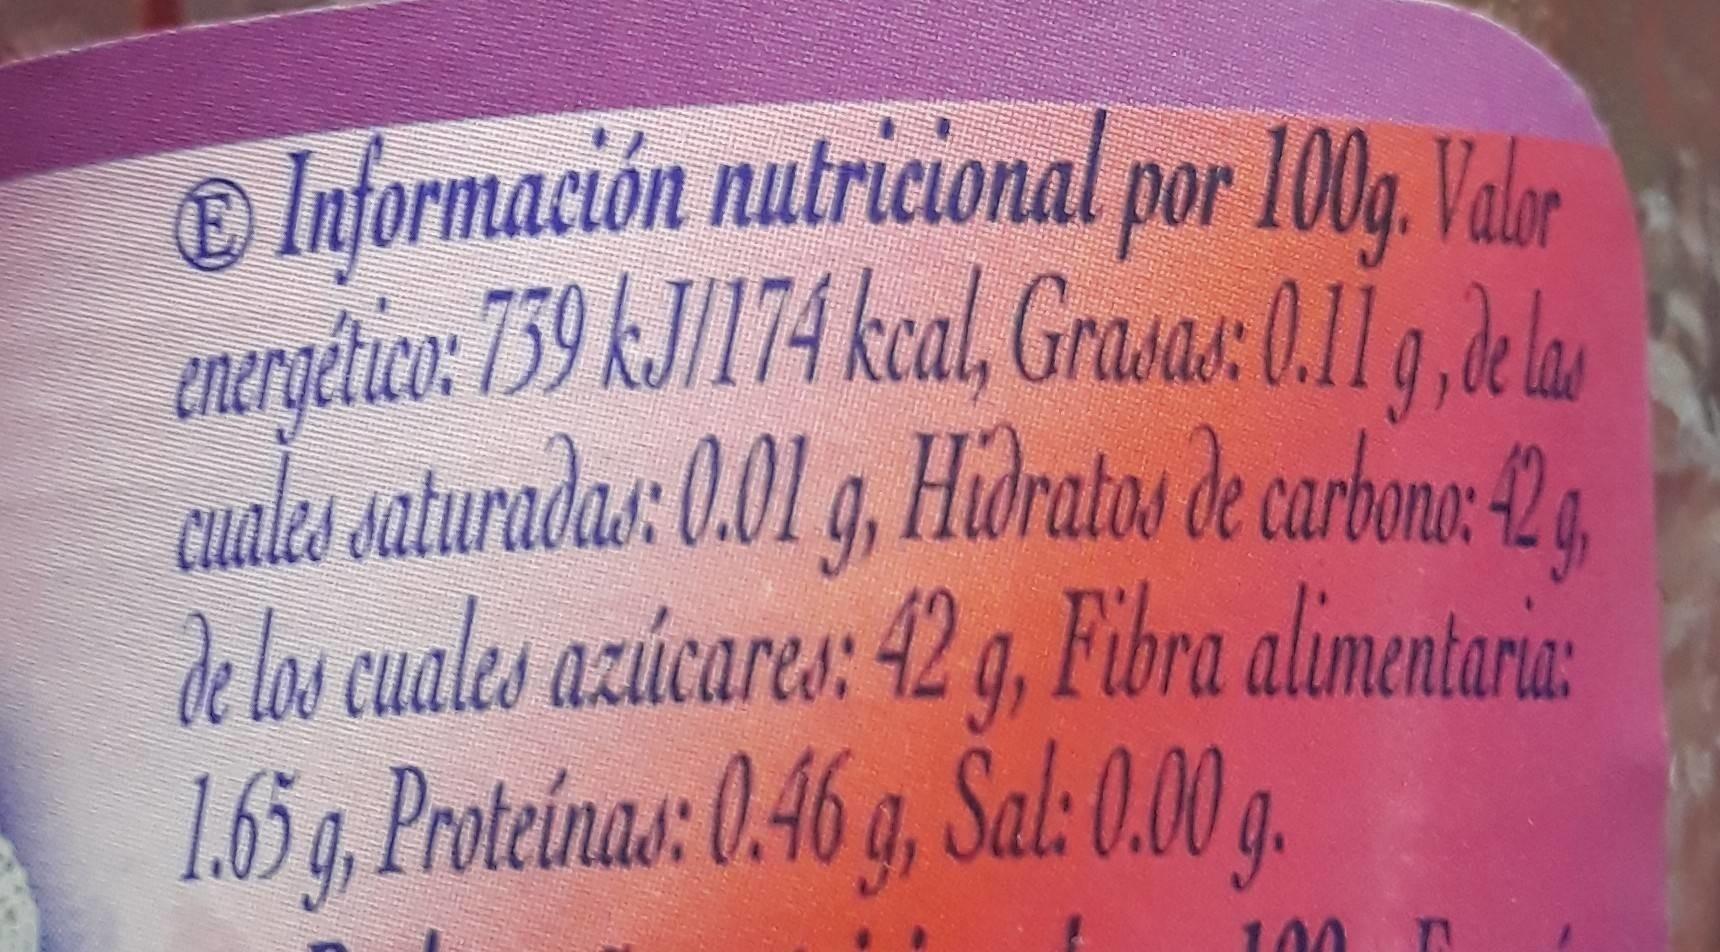
Información nutricional por 100g. Valer
energético: 759 kJ/174 kcal, Grasas:011 g, ela
9
cuales saturadas: 0.01 g, Hdratos de carbonae 2 delas cuales azúcares: 42 g, Fibra alimentaria: 165g Proteinas: 0.46 a, Šal:0.00 .
100